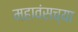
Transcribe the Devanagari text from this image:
महावंसच्या